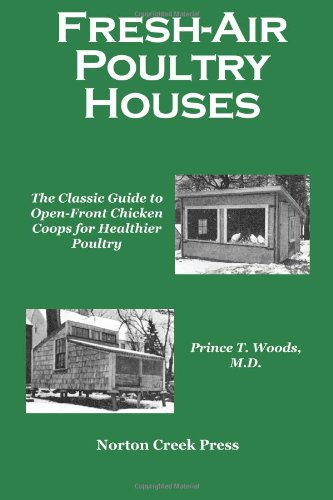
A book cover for Fresh-Air Poultry Houses: The Classic Guide to Open-Front Chicken Coops for Healthier Poultry; Prince T. Woods; Crafts, Hobbies & Home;